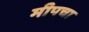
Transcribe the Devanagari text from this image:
मीपचा